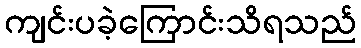
ကျင်းပခဲ့ကြောင်းသိရသည်